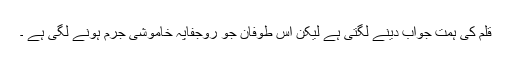
قلم کی ہمت جواب دینے لگتی ہے لیکن اس طوفان جو روجفاپہ خاموشی جرم ہونے لگی ہے ۔